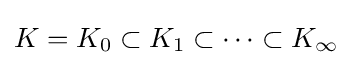
K=K_{0}\subset K_{1}\subset \cdots \subset K_{\infty }